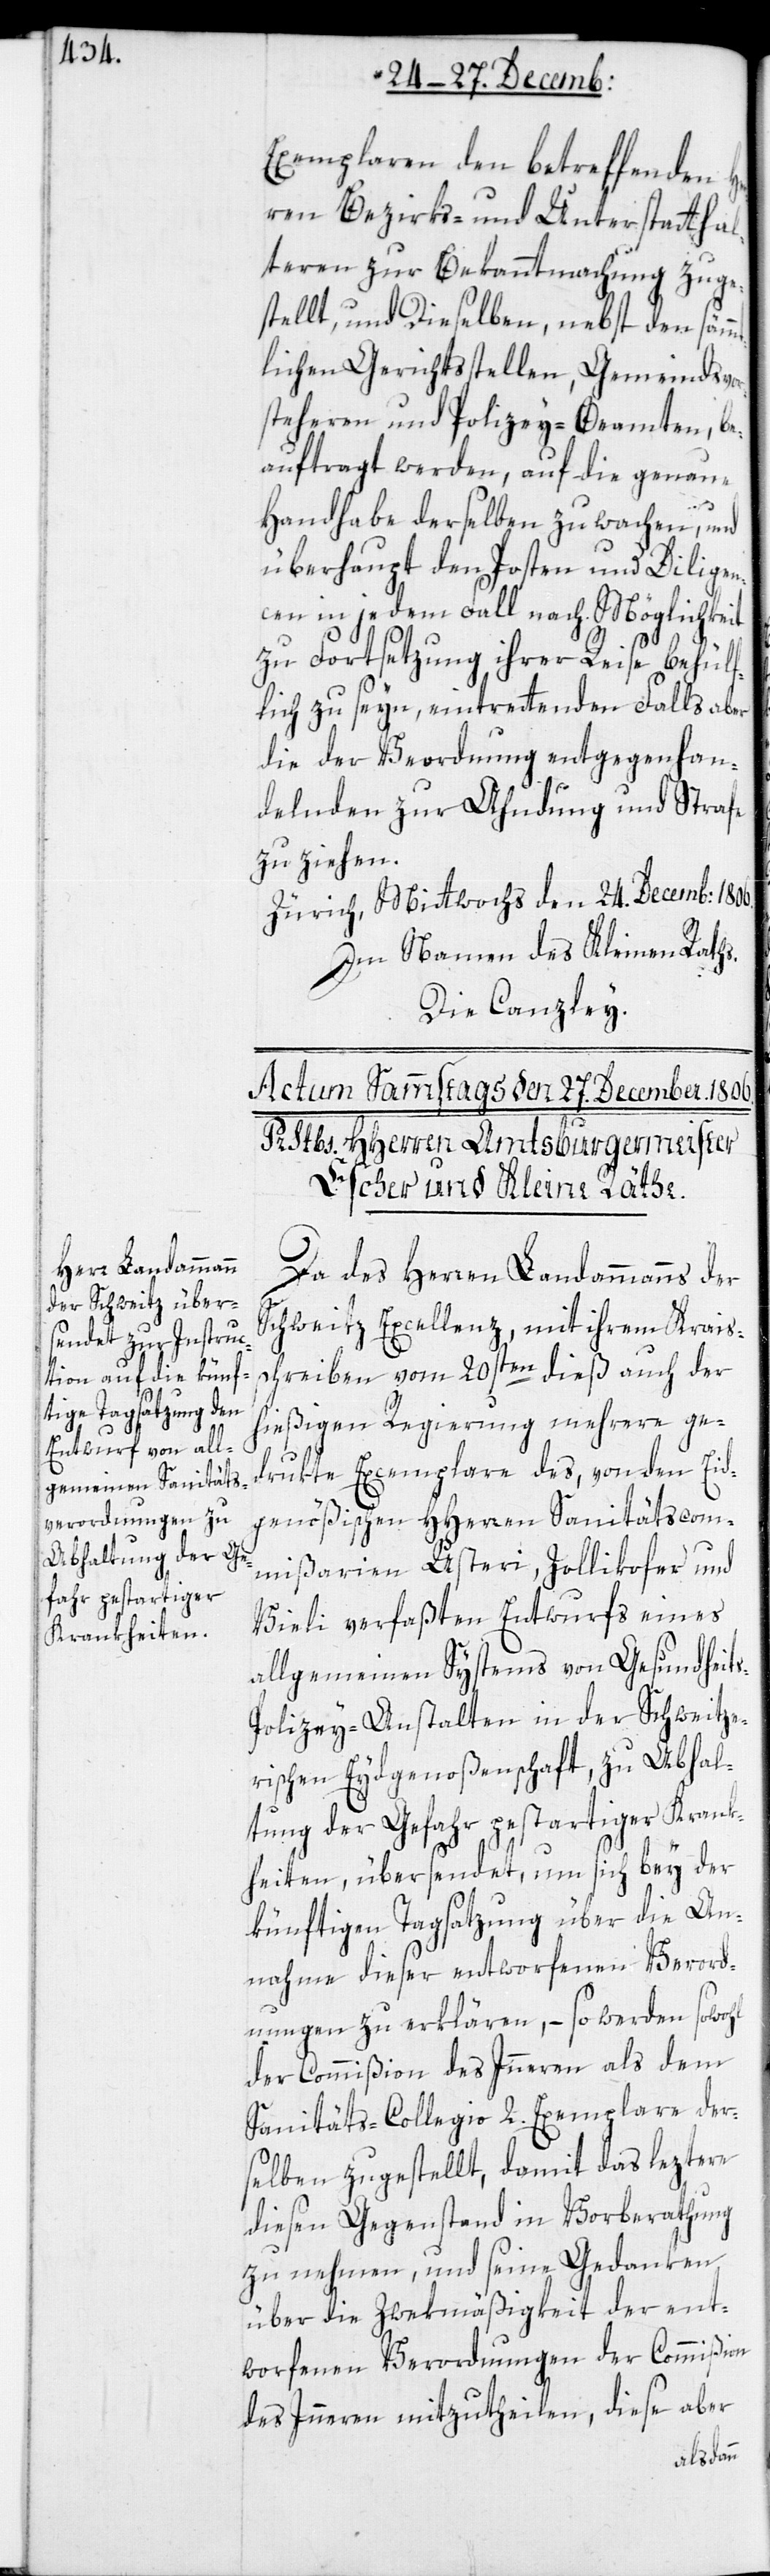
Exemplaren den betreffenden H¬
erren Bezirks- und Unterstatthal¬
teren zur Bekanntmachung zuge¬
stellt und dieselben, nebst den sämm¬
tlichen Gerichtsstellen, Gemeindsvor¬
steheren und Polizey-Beamten, be¬
auftragt werden, auf die genaue
Handhabe derselben zu wachen, und
überhaupt den Posten und Diligen¬
cen in jedem Fall nach Möglichkeit
s-P¬
zu Fortsetzung ihrer Reise behülf¬
lich zu seyn, eintretendenfalls aber
die der Verordnung entgegenhan¬
delnden zur Ahndung und Strafe
zu ziehen.
Zürich, Mittwochs den 24sten Decemb: 1806.
Im Namen des Kleinen Raths.
Die Canzley.
Da des Herren Landammanns der
Schweitz Excellenz, mit ihrem Krais¬
schreiben vom 20sten dieß auch der
hießigen Regierung mehrere ge¬
drukte Exemplare des, von den Eid¬
genößischen HHerren Sanitätskom¬
mißarien Usteri, Zollikofer und
Vieli verfaßten Entwurfs eines
allgemeinen Systems von Gesundheit¬
olizey-Anstalten in der Schweitze¬
rischen Eydgenoßenschaft, zu Abhal¬
tung der Gefahr pestartiger Krank¬
heiten, übersendet, um sich bey der
künftigen Tagsatzung über die An¬
nahme dieser entworfenen Verord¬
nung zu erklären, – so werden sowohl
der Commißion des Inneren als dem
Sanitäts-Collegio 2. Exemplare der¬
selben zugestellt, damit das leztere
diesen Gegenstand in Vorberathung
zu nehmen, und seine Gedanken
über die Zwekmäßigkeit der ent¬
worfenen Verordnungen der Commißion
des Inneren mitzutheilen, diese aber